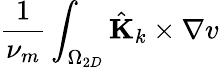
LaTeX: \frac{1}{\nu_{m}}\int_{\Omega_{2D}}\hat{\textbf{K}}_{k}\times\nabla v